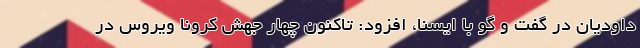
داودیان در گفت و گو با ایسنا، افزود: تاکنون چهار جهش کرونا ویروس در